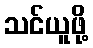
သင်ယူဖို့